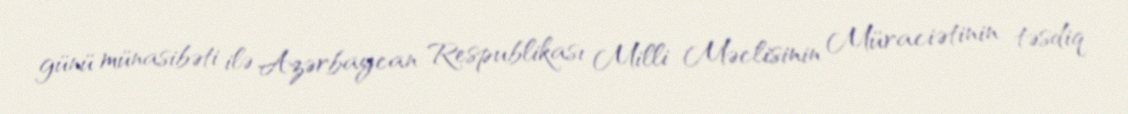
günü münasibəti ilə Azərbaycan Respublikası Milli Məclisinin Müraciətinin təsdiq